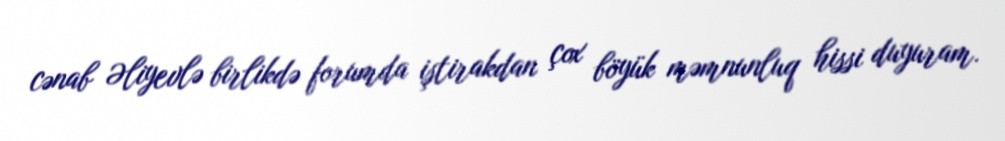
cənab Əliyevlə birlikdə forumda iştirakdan çox böyük məmnunluq hissi duyuram.